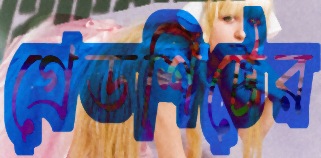
গ্রেডশিটের